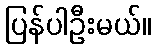
ပြန်ပါဦးမယ်။